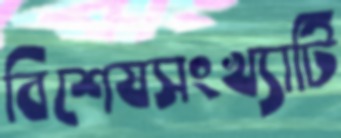
বিশেষসংখ্যাটি